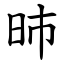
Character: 昁